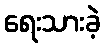
ရေးသားခဲ့